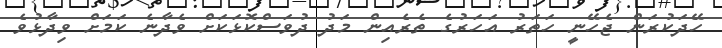
ހޭދަކުރަން ޖެހޭނީ ހަތަރު އަހަރުގެ ތެރެއިިން މަދު ދުވަސްކޮޅަކަށް ވެދާނެ ކަމަށް ވިދާޅުވެ